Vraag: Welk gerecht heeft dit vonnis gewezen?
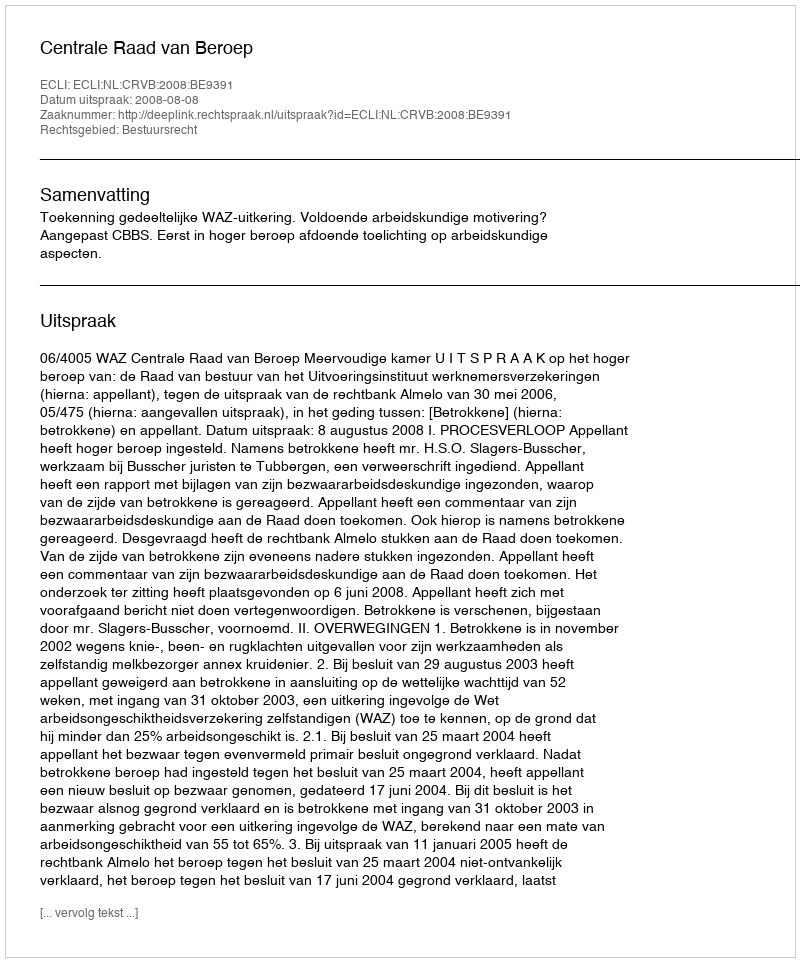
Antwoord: Centrale Raad van Beroep